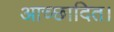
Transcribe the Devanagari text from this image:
आच्छादित।